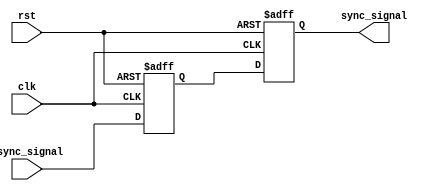
module dual_ff_synchronizer (
    input wire clk,               // Receiving clock (slower clock domain)
    input wire rst,               // Active-high reset signal
    input wire async_signal,      // Asynchronous input signal from the faster clock domain
    output reg sync_signal        // Synchronized output signal
);

// Internal signals for the first flip-flop output
reg ff1_out;

// First flip-flop to capture the asynchronous signal
always @(posedge clk or posedge rst) begin
    if (rst) begin
        ff1_out <= 1'b0;          // Reset the first flip-flop output
    end else begin
        ff1_out <= async_signal;  // Capture the asynchronous signal
    end
end

// Second flip-flop to provide additional metastability protection
always @(posedge clk or posedge rst) begin
    if (rst) begin
        sync_signal <= 1'b0;      // Reset the synchronized output
    end else begin
        sync_signal <= ff1_out;   // Capture the output of the first flip-flop
    end
end

endmodule